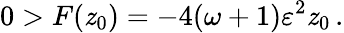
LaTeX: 0>F(\mathit{z}_{0})=-4(\omega+1)\varepsilon^{2}\mathit{z}_{0}\, .